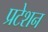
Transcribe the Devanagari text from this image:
प्रटेशन